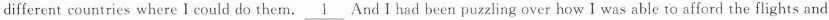
different countries where I could do them. \underline{1} And I had been puzzling over how I was able to afford the flights and